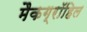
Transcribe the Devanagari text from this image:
मैकग्रॉहिल